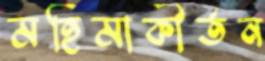
মহিমাকীর্তন